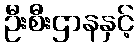
ဦးစီးဌာနနှင့်